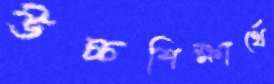
উচ্চশিক্ষার্থে